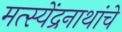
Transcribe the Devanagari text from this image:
मत्स्येंद्रनाथांचे